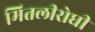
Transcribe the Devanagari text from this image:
मितलीरोधी